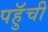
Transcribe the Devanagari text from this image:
पहुॅची